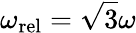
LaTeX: \omega_{\mathrm{rel}}=\sqrt{3}\omega